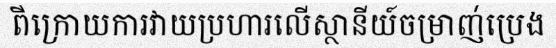
ពីក្រោយការវាយប្រហារលើស្ថានីយ៍ចម្រាញ់ប្រេង